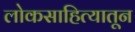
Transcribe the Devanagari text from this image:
लोकसाहित्यातून